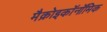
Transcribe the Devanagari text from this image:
मैक्रोइकॉनॉमिक